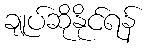
ချုပ်ဆိုနိုင်ရန်